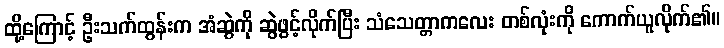
ထို့ကြောင့် ဦးသက်ထွန်းက အံဆွဲကို ဆွဲဖွင့်လိုက်ပြီး သံသေတ္တာကလေး တစ်လုံးကို ကောက်ယူလိုက်၏။